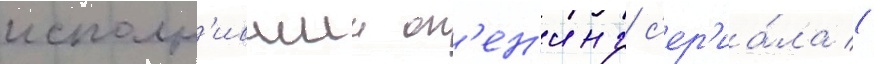
исполн'ившии оп'ен'инг с'ер'иа́ла (